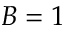
B = 1